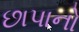
છાપાનો